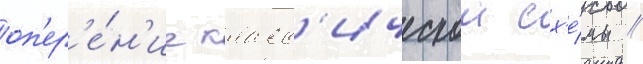
оп'ер'е́н'ие класс'ическои сх'е́мы /